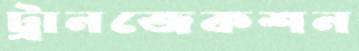
ট্রানজেকশন